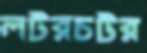
লটরচটর